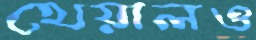
খেয়ালও